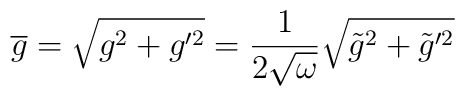
\overline{g}=\sqrt{g^{2}+g^{\prime 2}} = \frac{1}{2\sqrt{\omega}}\sqrt{\tilde{g}^{2}+\tilde{g}^{\prime 2}}